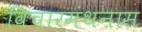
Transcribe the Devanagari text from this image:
विचारमंथनास